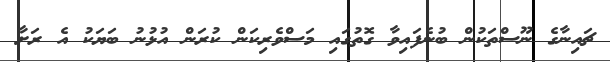
ޗައިނާގެ ނޫސްތަކުން ބުނެފައިވާ ގޮތުގައި މަސްވެރިކަން ކުރަން އުޅުނު ބަޔަކު އެ ރަށާ